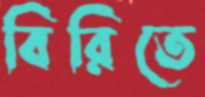
বিরিতে